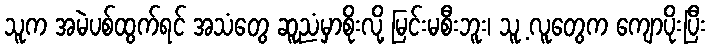
သူက အမဲပစ်ထွက်ရင် အသံတွေ ဆူညံမှာစိုးလို့ မြင်းမစီးဘူး၊ သူ့ လူတွေက ကျောပိုးပြီး